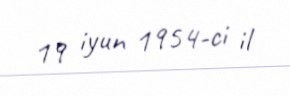
19 iyun 1954-ci il